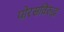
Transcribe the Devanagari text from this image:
पोरसविरुद्ध